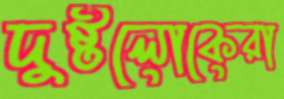
দুষ্টলোকেরা